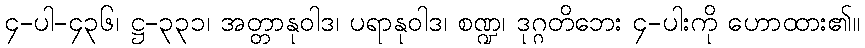
၄-ပါ-၄၃၆၊ ဋ္ဌ-၃၃၁၊ အတ္တာနုဝါဒ၊ ပရာနုဝါဒ၊ စဏ္ဍ၊ ဒုဂ္ဂတိဘေး ၄-ပါးကို ဟောထား၏။